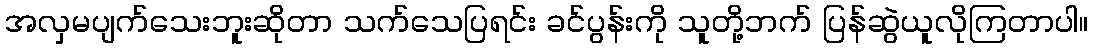
အလှမပျက်သေးဘူးဆိုတာ သက်သေပြရင်း ခင်ပွန်းကို သူတို့ဘက် ပြန်ဆွဲယူလိုကြတာပါ။